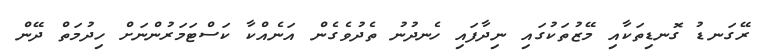
ރޭގަނޑު ގޮނޑިތަކާއި މޭޒުތަކުގަައި ނިދާފައި ހެނދުނު ތެދުވެގެން އަނެއްކާ ކަސްޓަމަރުންނަށް ހިދުމަތް ދޭން